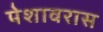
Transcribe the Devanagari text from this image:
पेशावरास